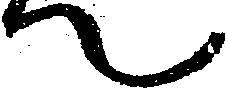
て